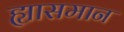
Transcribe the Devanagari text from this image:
ह्यासमान